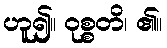
ဟူ၍။ ဝုစ္စတိ၊ ၏။